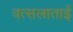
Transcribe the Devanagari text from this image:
वत्सलाताई